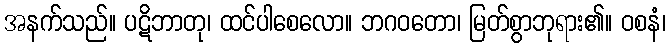
အနက်သည်။ ပဋိဘာတု၊ ထင်ပါစေလော။ ဘဂဝတော၊ မြတ်စွာဘုရား၏။ ဝစနံ၊